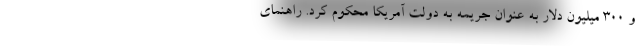
و 300 میلیون دلار به عنوان جریمه به دولت آمریکا محکوم کرد. راهنمای